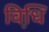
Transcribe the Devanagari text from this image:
विधि़